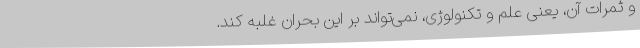
و ثمرات آن، یعنی علم و تکنولوژی، نمی‌تواند بر این بحران غلبه کند.